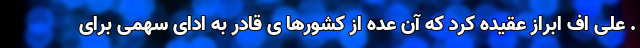
. علی اف ابراز عقیده کرد که آن عده از کشورها ی قادر به ادای سهمی برای